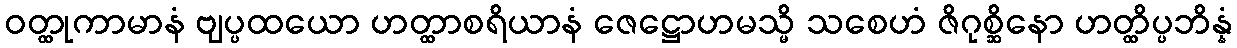
ဝတ္ထုကာမာနံ ဗျပ္ပထယော ဟတ္ထာစရိယာနံ ဇေဋ္ဌောဟမသ္မိ သစေဟံ ဇိဂုစ္ဆိနော ဟတ္ထိပ္ပဘိန္နံ